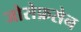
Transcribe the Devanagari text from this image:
जोसेफ़सेन